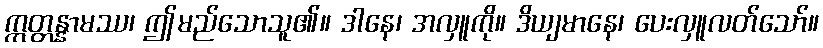
ဣတ္တန္နာမဿ၊ ဤမည်သောသူ၏။ ဒါနေ၊ အလှူကို။ ဒိယျမာနေ၊ ပေးလှူလတ်သော်။